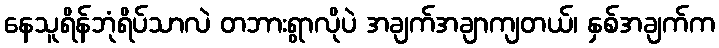
နေသူရိန်ဘုံရိပ်သာလဲ တဘားရွာလိုပဲ အချက်အချာကျတယ်၊ နှစ်အချက်က